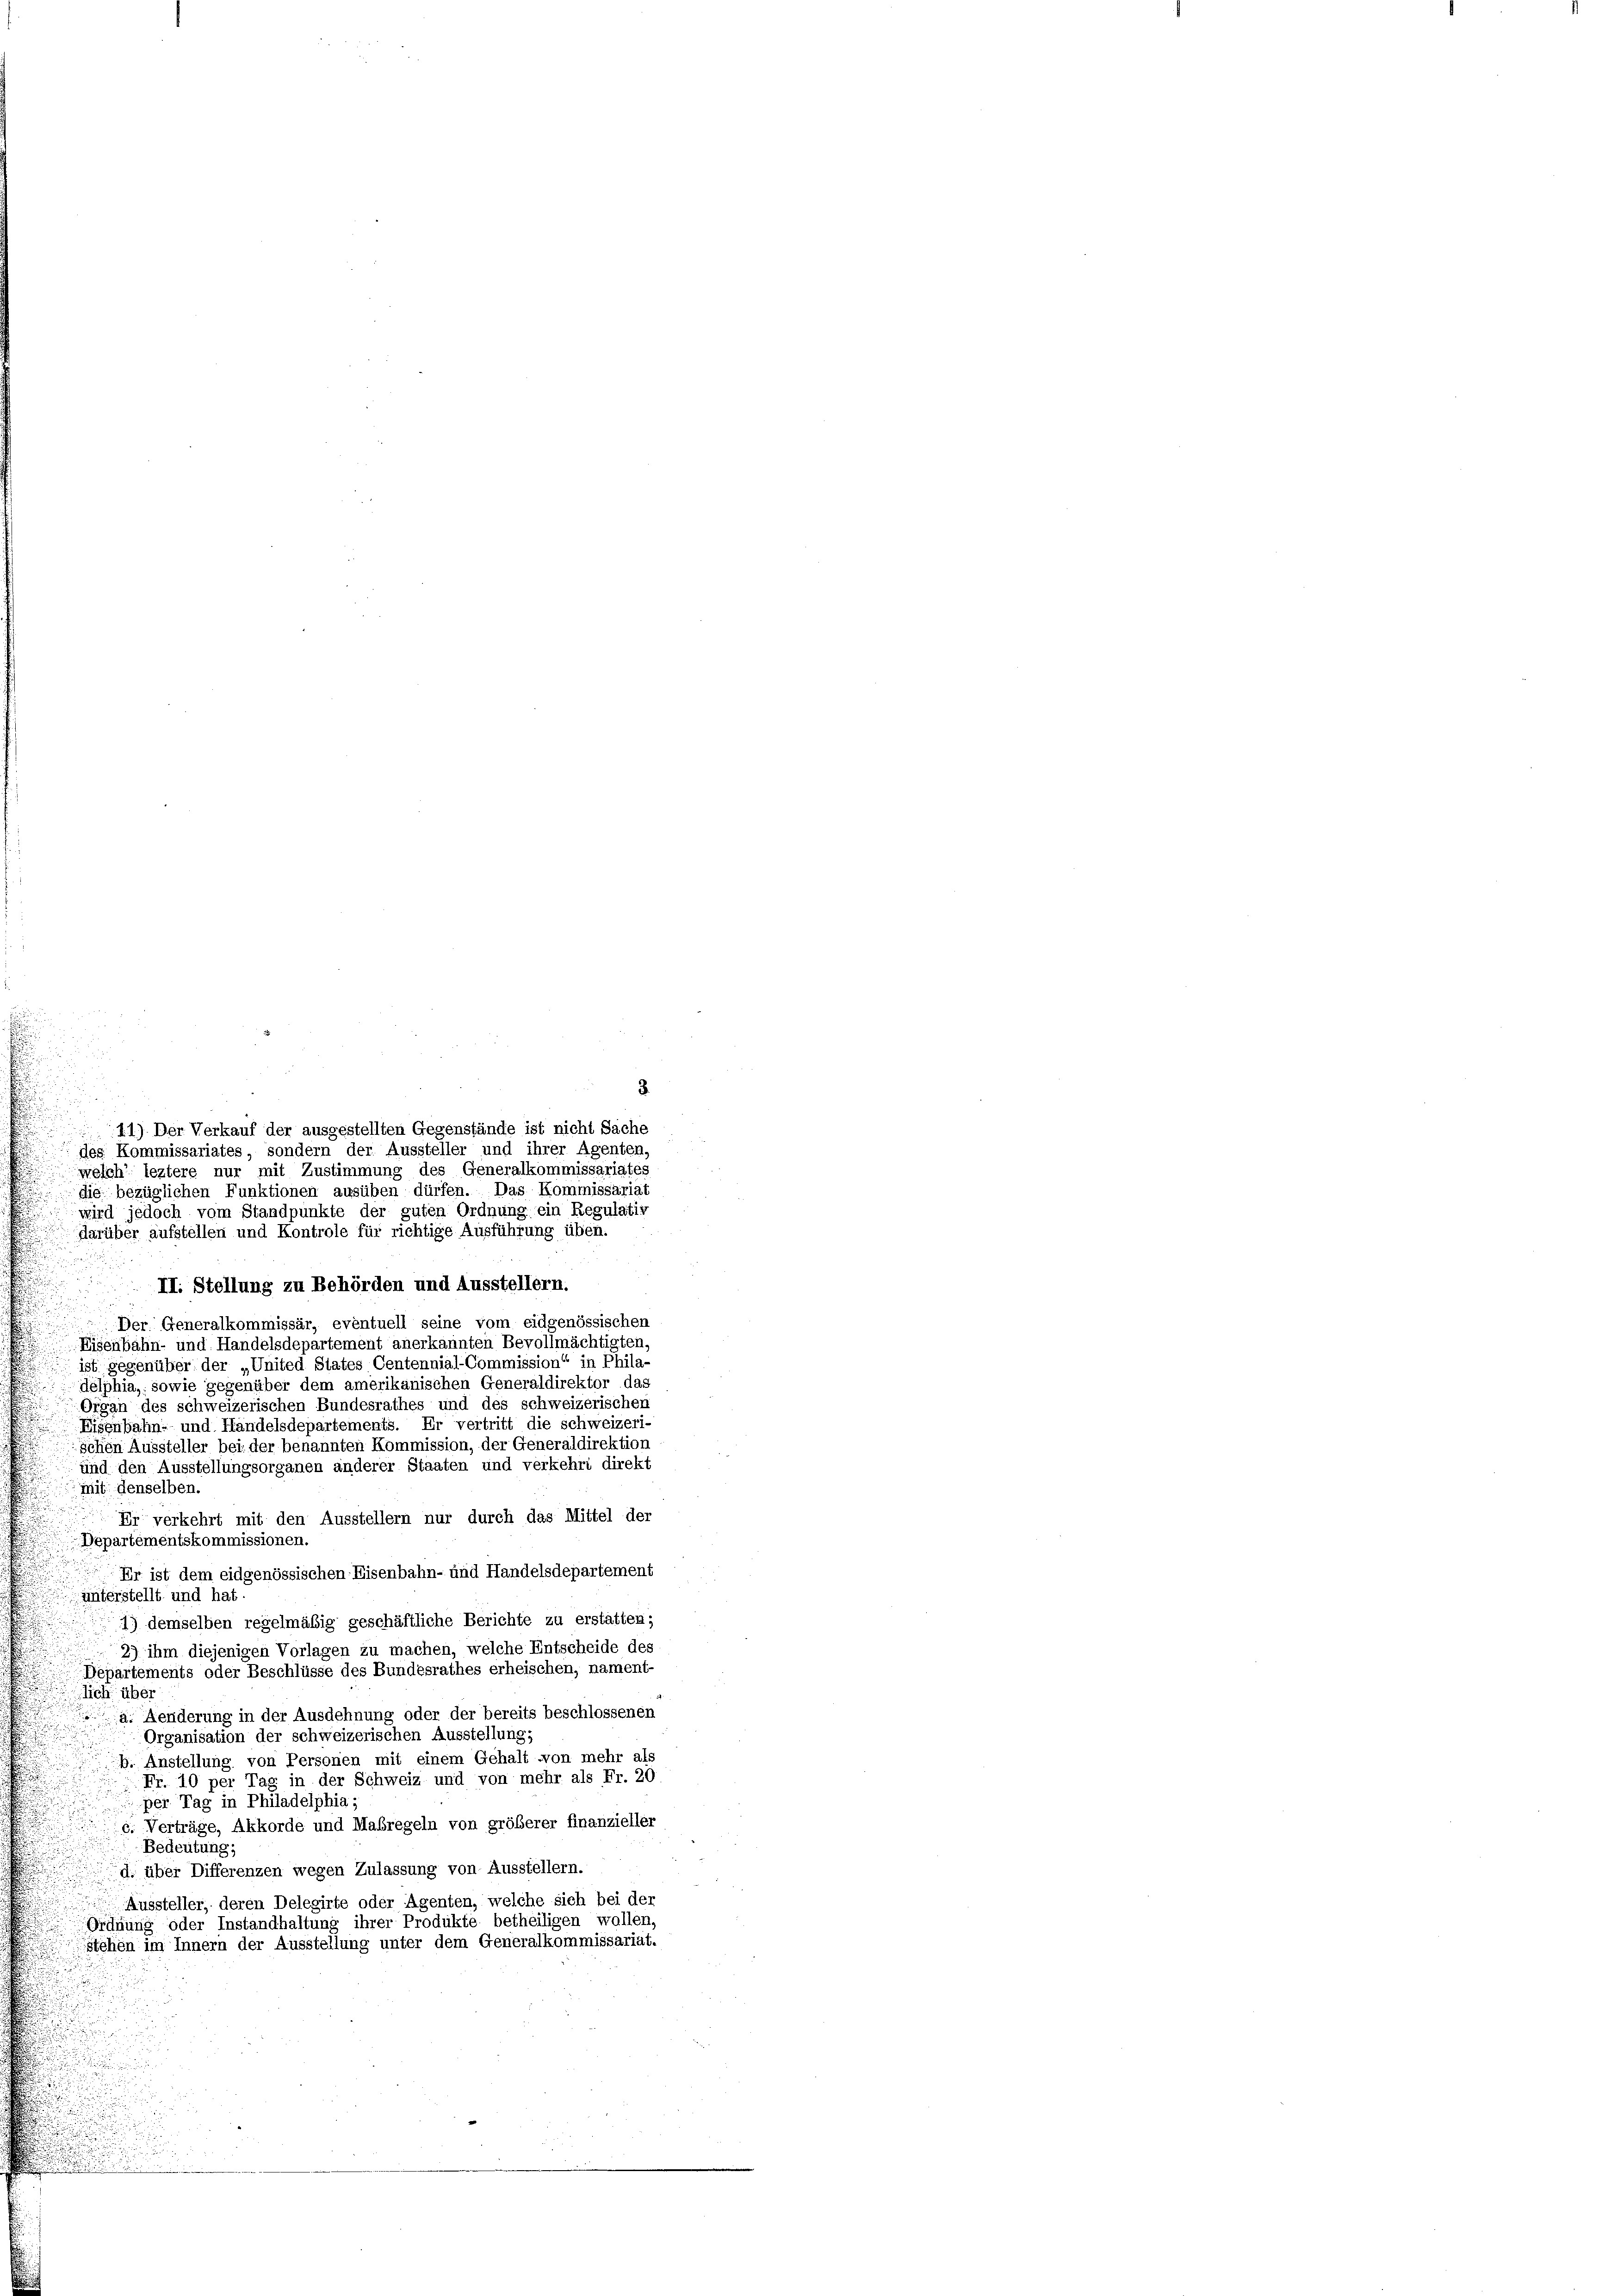
2.
11) Der Verkauf der ausgestellten Gegenstände ist nicht Sache
des Kommissariates, sondern der Aussteller und ihrer Agenten,
.
welch’ leztere nur mit Zustimmung des Generalkommissariates
die bezüglichen Funktionen ausüben dürfen. Das Kommissariat
wird jedoch vom Standpunkte der guten Ordnung ein Regulativ
darüber aufstellen und Kontrole für richtige Ausführung üben.
II. Stellung zu Behörden und Ausstellern.
Der Generalkommissär, eventuell seine vom eidgenössischen
Eisenbahn- und Handelsdepartement anerkannten Bevollmächtigten,
ist gegenüber der „United States Centennial-Commission“ in Phila-
delphia, sowie gegenüber dem amerikanischen Generaldirektor das
Organ des schweizerischen Bundesrathes und des schweizerischen
Eisenbahn- und Handelsdepartements. Er vertritt die schweizeri-
schen Aussteller bei der benannten Kommission, der Generaldirektion
und den Ausstellungsorganen anderer Staaten und verkehrt direkt
mit denselben.
Er verkehrt mit den Ausstellern nur durch das Mittel der
Departementskommissionen.
 Er ist dem eidgenössischen Eisenbahn- und Handelsdepartement
unterstellt und hat.
1) demselben regelmäßig geschäftliche Berichte zu erstatten;
2) ihm diejenigen Vorlagen zu machen, welche Entscheide des
Departements oder Beschlüsse des Bundesrathes erheischen, nament-
lich über
a. Aenderung in der Ausdehnung oder der bereits beschlossenen
Organisation der schweizerischen Ausstellung,
b. Anstellung von Personen mit einem Gehalt von mehr als
Fr. 10 per Tag in der Schweiz und von mehr als Fr. 20
per Tag in Philadelphia;
c. Verträge, Akkorde und Maßregeln von größerer finanzieller
Bedeutung;
d. über Differenzen wegen Zulassung von Ausstellern.
Aussteller, deren Delegirte oder Agenten, welche sich bei der
Ordnung oder Instandhaltung ihrer Produkte betheiligen wollen,
Stehen im Innern der Ausstellung unter dem Generalkommissariat.